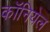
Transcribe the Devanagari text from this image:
कॉनियेल